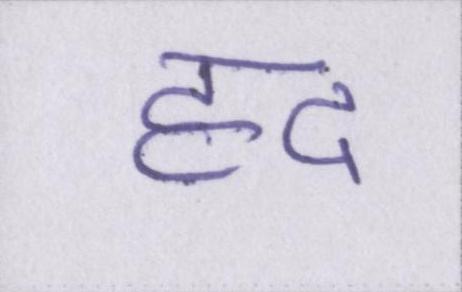
हद